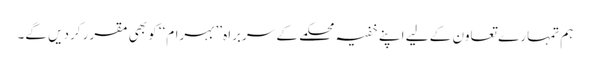
ہم تمہارے تعاون کے لیے اپنے خفیہ محکمے کے سربراہ ’’بہرام‘‘ کو بھی مقرر کردیں گے۔